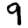
Digit: 9